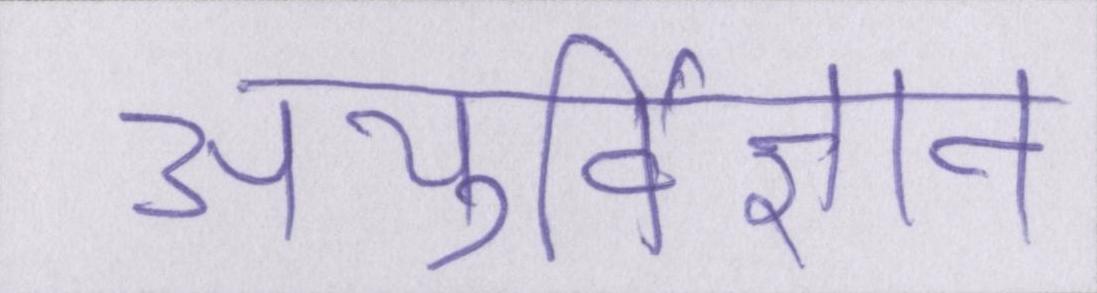
आयुर्विज्ञान